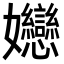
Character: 㜻